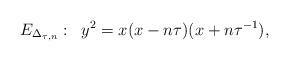
LaTeX: \begin{align*}E_{\Delta_{\tau, n}}: \;\;y^{2} = x(x - n \tau) (x + n \tau^{-1}),\end{align*}